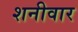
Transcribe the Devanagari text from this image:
शनीवार